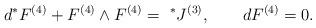
LaTeX: \begin{align*}d{}^* F^{(4)}+F^{(4)}\wedge F^{(4)}={~}^*J^{(3)},\qquad d{}F^{(4)}=0.\end{align*}